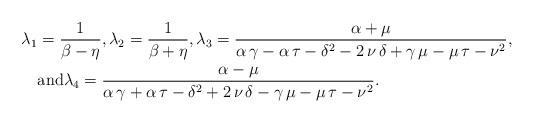
LaTeX: \begin{align*} \lambda_1 &= \frac{1}{\beta-\eta}, \lambda_2= \frac{1}{\beta+\eta}, \lambda_3 = {\frac {\alpha+\mu}{\alpha\,\gamma-\alpha\,\tau-{\delta}^{2}-2\,\nu\, \delta+\gamma\,\mu-\mu\,\tau-{\nu}^{2}}}, \\ & \mbox{and} \lambda_4 = {\frac {\alpha-\mu}{\alpha\,\gamma+\alpha\,\tau-{\delta}^{2}+2\,\nu\,\delta-\gamma\,\mu-\mu\,\tau-{\nu}^{2}}}. \end{align*}